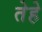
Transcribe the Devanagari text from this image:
तेहे